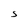
Character: S